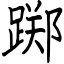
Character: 踯